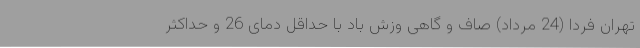
تهران‌ فردا (24 مرداد) صاف و گاهی وزش باد با حداقل دمای 26 و حداکثر